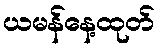
ယမန်နေ့ထုတ်